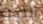
النكت